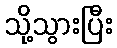
သို့သွားပြီး